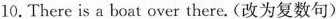
10.There is a boat over there. (改为复数句)